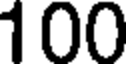
100